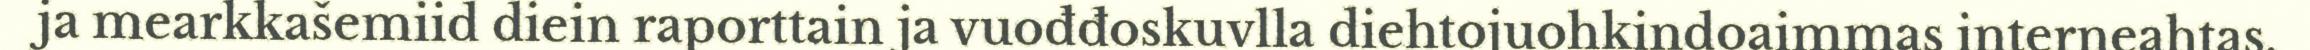
ja mearkkašemiid diein raporttain ja vuođđoskuvlla diehtojuohkindoaimmas interneahtas.